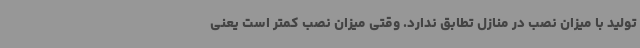
تولید با میزان نصب در منازل تطابق ندارد. وقتی میزان نصب کمتر است یعنی